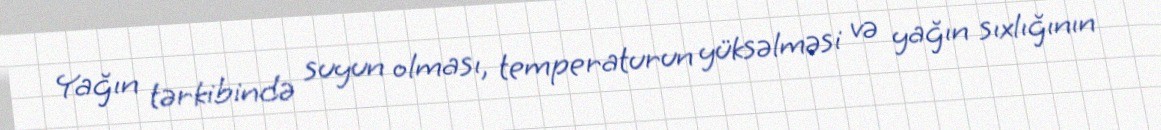
Yağın tərkibində suyun olması, temperaturun yüksəlməsi və yağın sıxlığının